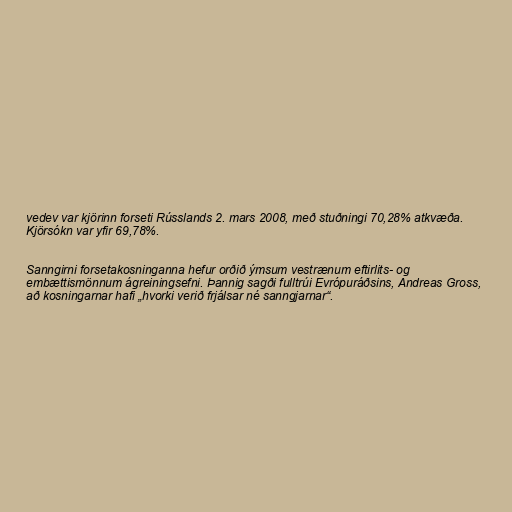
vedev var kjörinn forseti Rússlands 2. mars 2008, með stuðningi 70,28% atkvæða.
Kjörsókn var yfir 69,78%.

Sanngirni forsetakosninganna hefur orðið ýmsum vestrænum eftirlits- og
embættismönnum ágreiningsefni. Þannig sagði fulltrúi Evrópuráðsins, Andreas Gross,
að kosningarnar hafi „hvorki verið frjálsar né sanngjarnar“.